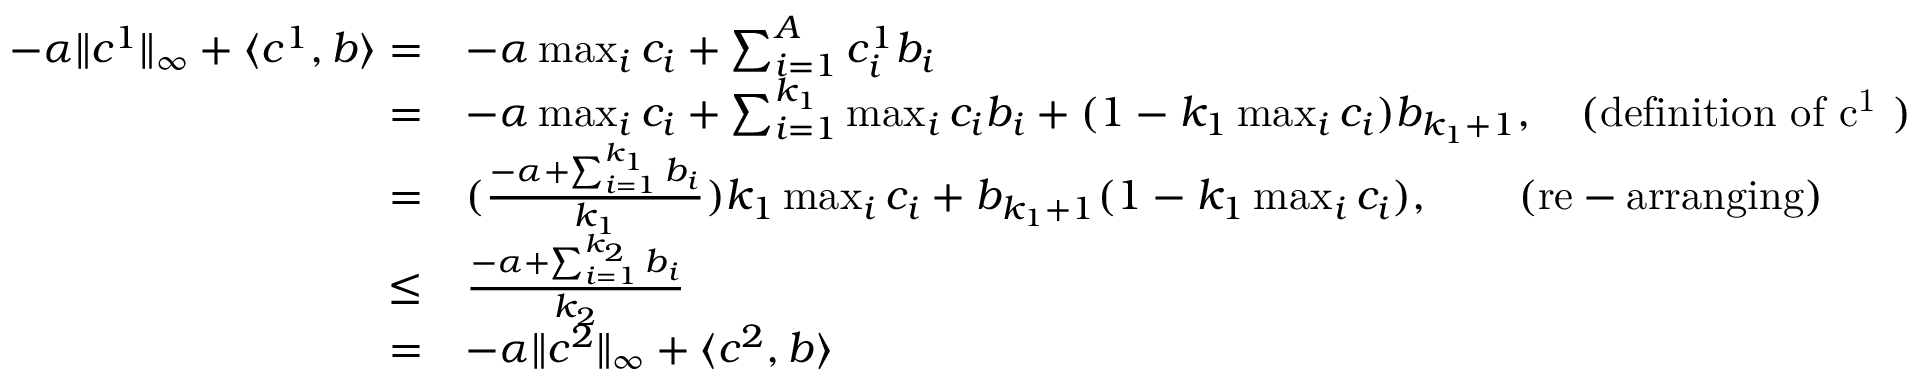
\begin{array} { r l } { - \alpha \lVert c ^ { 1 } \rVert _ { \infty } + \langle c ^ { 1 } , b \rangle = } & { - \alpha \operatorname* { m a x } _ { i } c _ { i } + \sum _ { i = 1 } ^ { A } c _ { i } ^ { 1 } b _ { i } } \\ { = } & { - \alpha \operatorname* { m a x } _ { i } c _ { i } + \sum _ { i = 1 } ^ { k _ { 1 } } \operatorname* { m a x } _ { i } c _ { i } b _ { i } + ( 1 - k _ { 1 } \operatorname* { m a x } _ { i } c _ { i } ) b _ { k _ { 1 } + 1 } , \quad \mathrm { ( d e f i n i t i o n ~ o f ~ c ^ 1 ~ ) } } \\ { = } & { ( \frac { - \alpha + \sum _ { i = 1 } ^ { k _ { 1 } } b _ { i } } { k _ { 1 } } ) k _ { 1 } \operatorname* { m a x } _ { i } c _ { i } + b _ { k _ { 1 } + 1 } ( 1 - k _ { 1 } \operatorname* { m a x } _ { i } c _ { i } ) , \qquad \mathrm { ( r e - a r r a n g i n g ) } } \\ { \leq } & { \frac { - \alpha + \sum _ { i = 1 } ^ { k _ { 2 } } b _ { i } } { k _ { 2 } } } \\ { = } & { - \alpha \lVert c ^ { 2 } \rVert _ { \infty } + \langle c ^ { 2 } , b \rangle } \end{array}